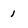
Character: I